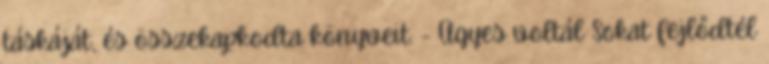
táskáját, és összekapkodta könyveit. - Ügyes voltál Sokat fejlődtél